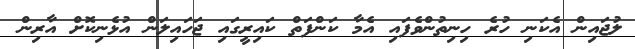
ލުޖައިން އެކަނި ހުރެ ހިނިތުންވެފައި އެމާ ކަންފަތް ކައިރީގައި ޖަހައިލަން އުޅެނިކޮށް އާރިން